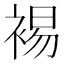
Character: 裼